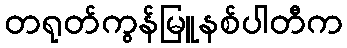
တရုတ်ကွန်မြူနစ်ပါတီက